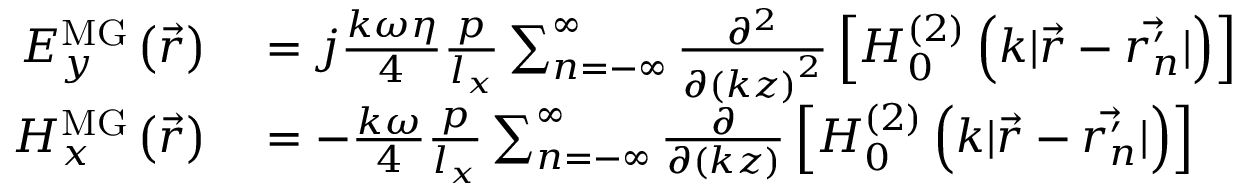
\begin{array} { r l } { E _ { y } ^ { \mathrm { M G } } \left( \vec { r } \right) } & { { } = j \frac { k \omega \eta } { 4 } \frac { p } { l _ { x } } \sum _ { n = - \infty } ^ { \infty } \frac { \partial ^ { 2 } } { \partial \left( k z \right) ^ { 2 } } \left[ H _ { 0 } ^ { ( 2 ) } \left( k | \vec { r } - \vec { r _ { n } ^ { \prime } } | \right) \right] } \\ { H _ { x } ^ { \mathrm { M G } } \left( \vec { r } \right) } & { { } = - \frac { k \omega } { 4 } \frac { p } { l _ { x } } \sum _ { n = - \infty } ^ { \infty } \frac { \partial } { \partial \left( k z \right) } \left[ H _ { 0 } ^ { ( 2 ) } \left( k | \vec { r } - \vec { r _ { n } ^ { \prime } } | \right) \right] } \end{array}